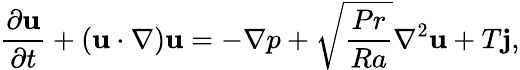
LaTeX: \frac{\partial\textbf{u}}{\partial t}+\left(\textbf{u}\cdot\nabla\right)\textbf{u}=-\nabla p+\sqrt{\frac{Pr}{Ra}}\nabla^{2}\textbf{u}+T\textbf{j},